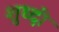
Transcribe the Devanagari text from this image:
शुध्दी